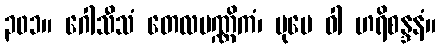
၃၀၁။ ဂေါသီသံ တေလပဏ္ဏိကံ၊ ပုမေ ဝါ ဟရိစန္ဒနံ။